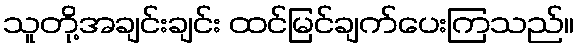
သူတို့အချင်းချင်း ထင်မြင်ချက်ပေးကြသည်။